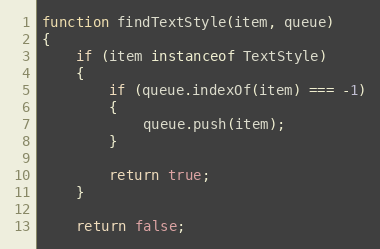
Language: JavaScript
function findTextStyle(item, queue)
{
    if (item instanceof TextStyle)
    {
        if (queue.indexOf(item) === -1)
        {
            queue.push(item);
        }

        return true;
    }

    return false;